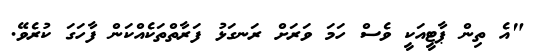
"އެ ތިން ޕާޓީއަކީ ވެސް ހަމަ ވަރަށް ރަނގަޅު ފަރާތްތަކެއްކަން ފާހަގަ ކުރެވޭ.